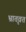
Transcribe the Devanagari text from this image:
भ्रातृवत